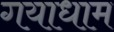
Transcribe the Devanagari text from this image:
गयाधाम